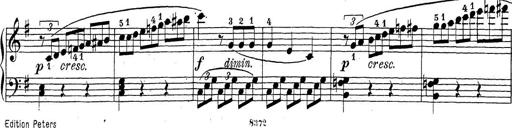
Title: Sonatina Album
Composer: Louis KÃ¶hler